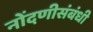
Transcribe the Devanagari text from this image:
नोंदणीसंबंधी